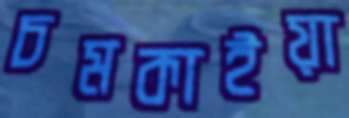
চমকাইয়া